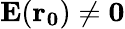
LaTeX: \mathbf{E}(\mathbf{r_{0}})\neq\mathbf{0}